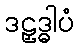
ဒဠှဒ္ဓါပံ